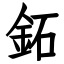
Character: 鉐